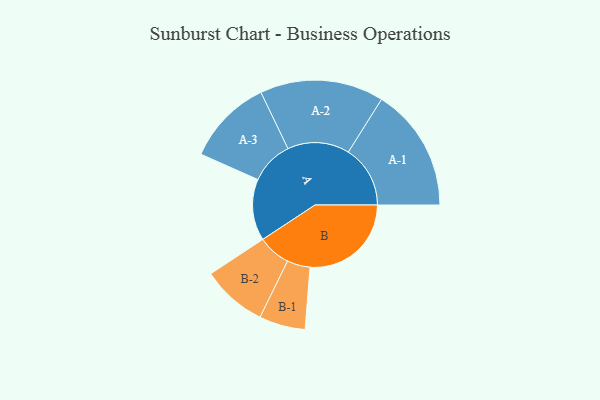
{"axis": {"x": "Segment", "y": "Value"}, "legend": ["", "A", "B"], "data": [{"x": "A", "y": 269, "type": ""}, {"x": "B", "y": 443, "type": ""}, {"x": "A-1", "y": 271, "type": "A"}, {"x": "A-2", "y": 271, "type": "A"}, {"x": "A-3", "y": 189, "type": "A"}, {"x": "B-1", "y": 101, "type": "B"}, {"x": "B-2", "y": 143, "type": "B"}]}